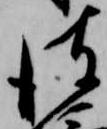
彼